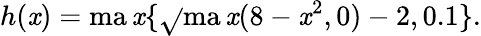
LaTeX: h(\mathit{x})=\operatorname*{ma\mathit{x}}\{ \sqrt{}{{\operatorname*{ma\mathit{x}}(8-\mathit{x}^{2},0)}}-2,0.1\} .